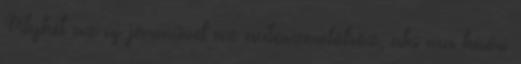
Pitykét az új járművel az autószerelőhöz, aki ma kíséri